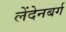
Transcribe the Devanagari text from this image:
लेंदेनबर्ग